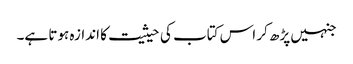
جنہیں پڑھ کر اس کتاب کی حیثیت کا اندازہ ہوتا ہے۔